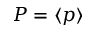
P = \langle p \rangle